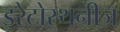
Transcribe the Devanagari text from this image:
इरेटोस्थनीज